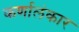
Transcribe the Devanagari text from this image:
कर्णालंकार